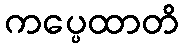
ကပ္ပေထာတိ